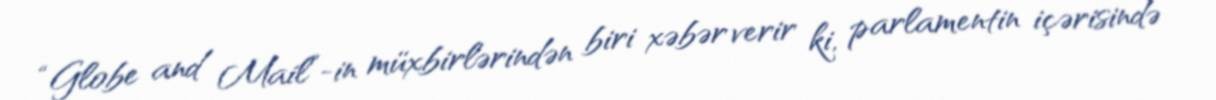
“Globe and Mail”-in müxbirlərindən biri xəbər verir ki, parlamentin içərisində